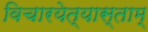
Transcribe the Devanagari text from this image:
विचारयेत्यास्ताम्